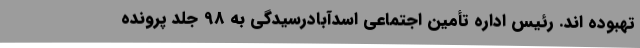
تهبوده اند. رئیس اداره تأمین اجتماعی اسدآبادرسیدگی به 98 جلد پرونده‌